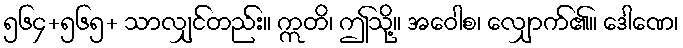
၅၆၄+၅၆၅+ သာလျှင်တည်း။ ဣတိ၊ ဤသို့။ အဝေါစ၊ လျှောက်၏။ ဒေါဏေ၊